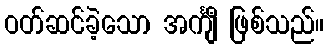
ဝတ်ဆင်ခဲ့သော အင်္ကျီ ဖြစ်သည်။